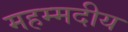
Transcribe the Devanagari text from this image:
महम्मदीय